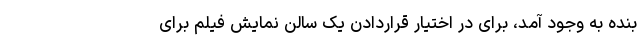
بنده به وجود آمد، برای در اختیار قراردادن یک سالن نمایش فیلم برای